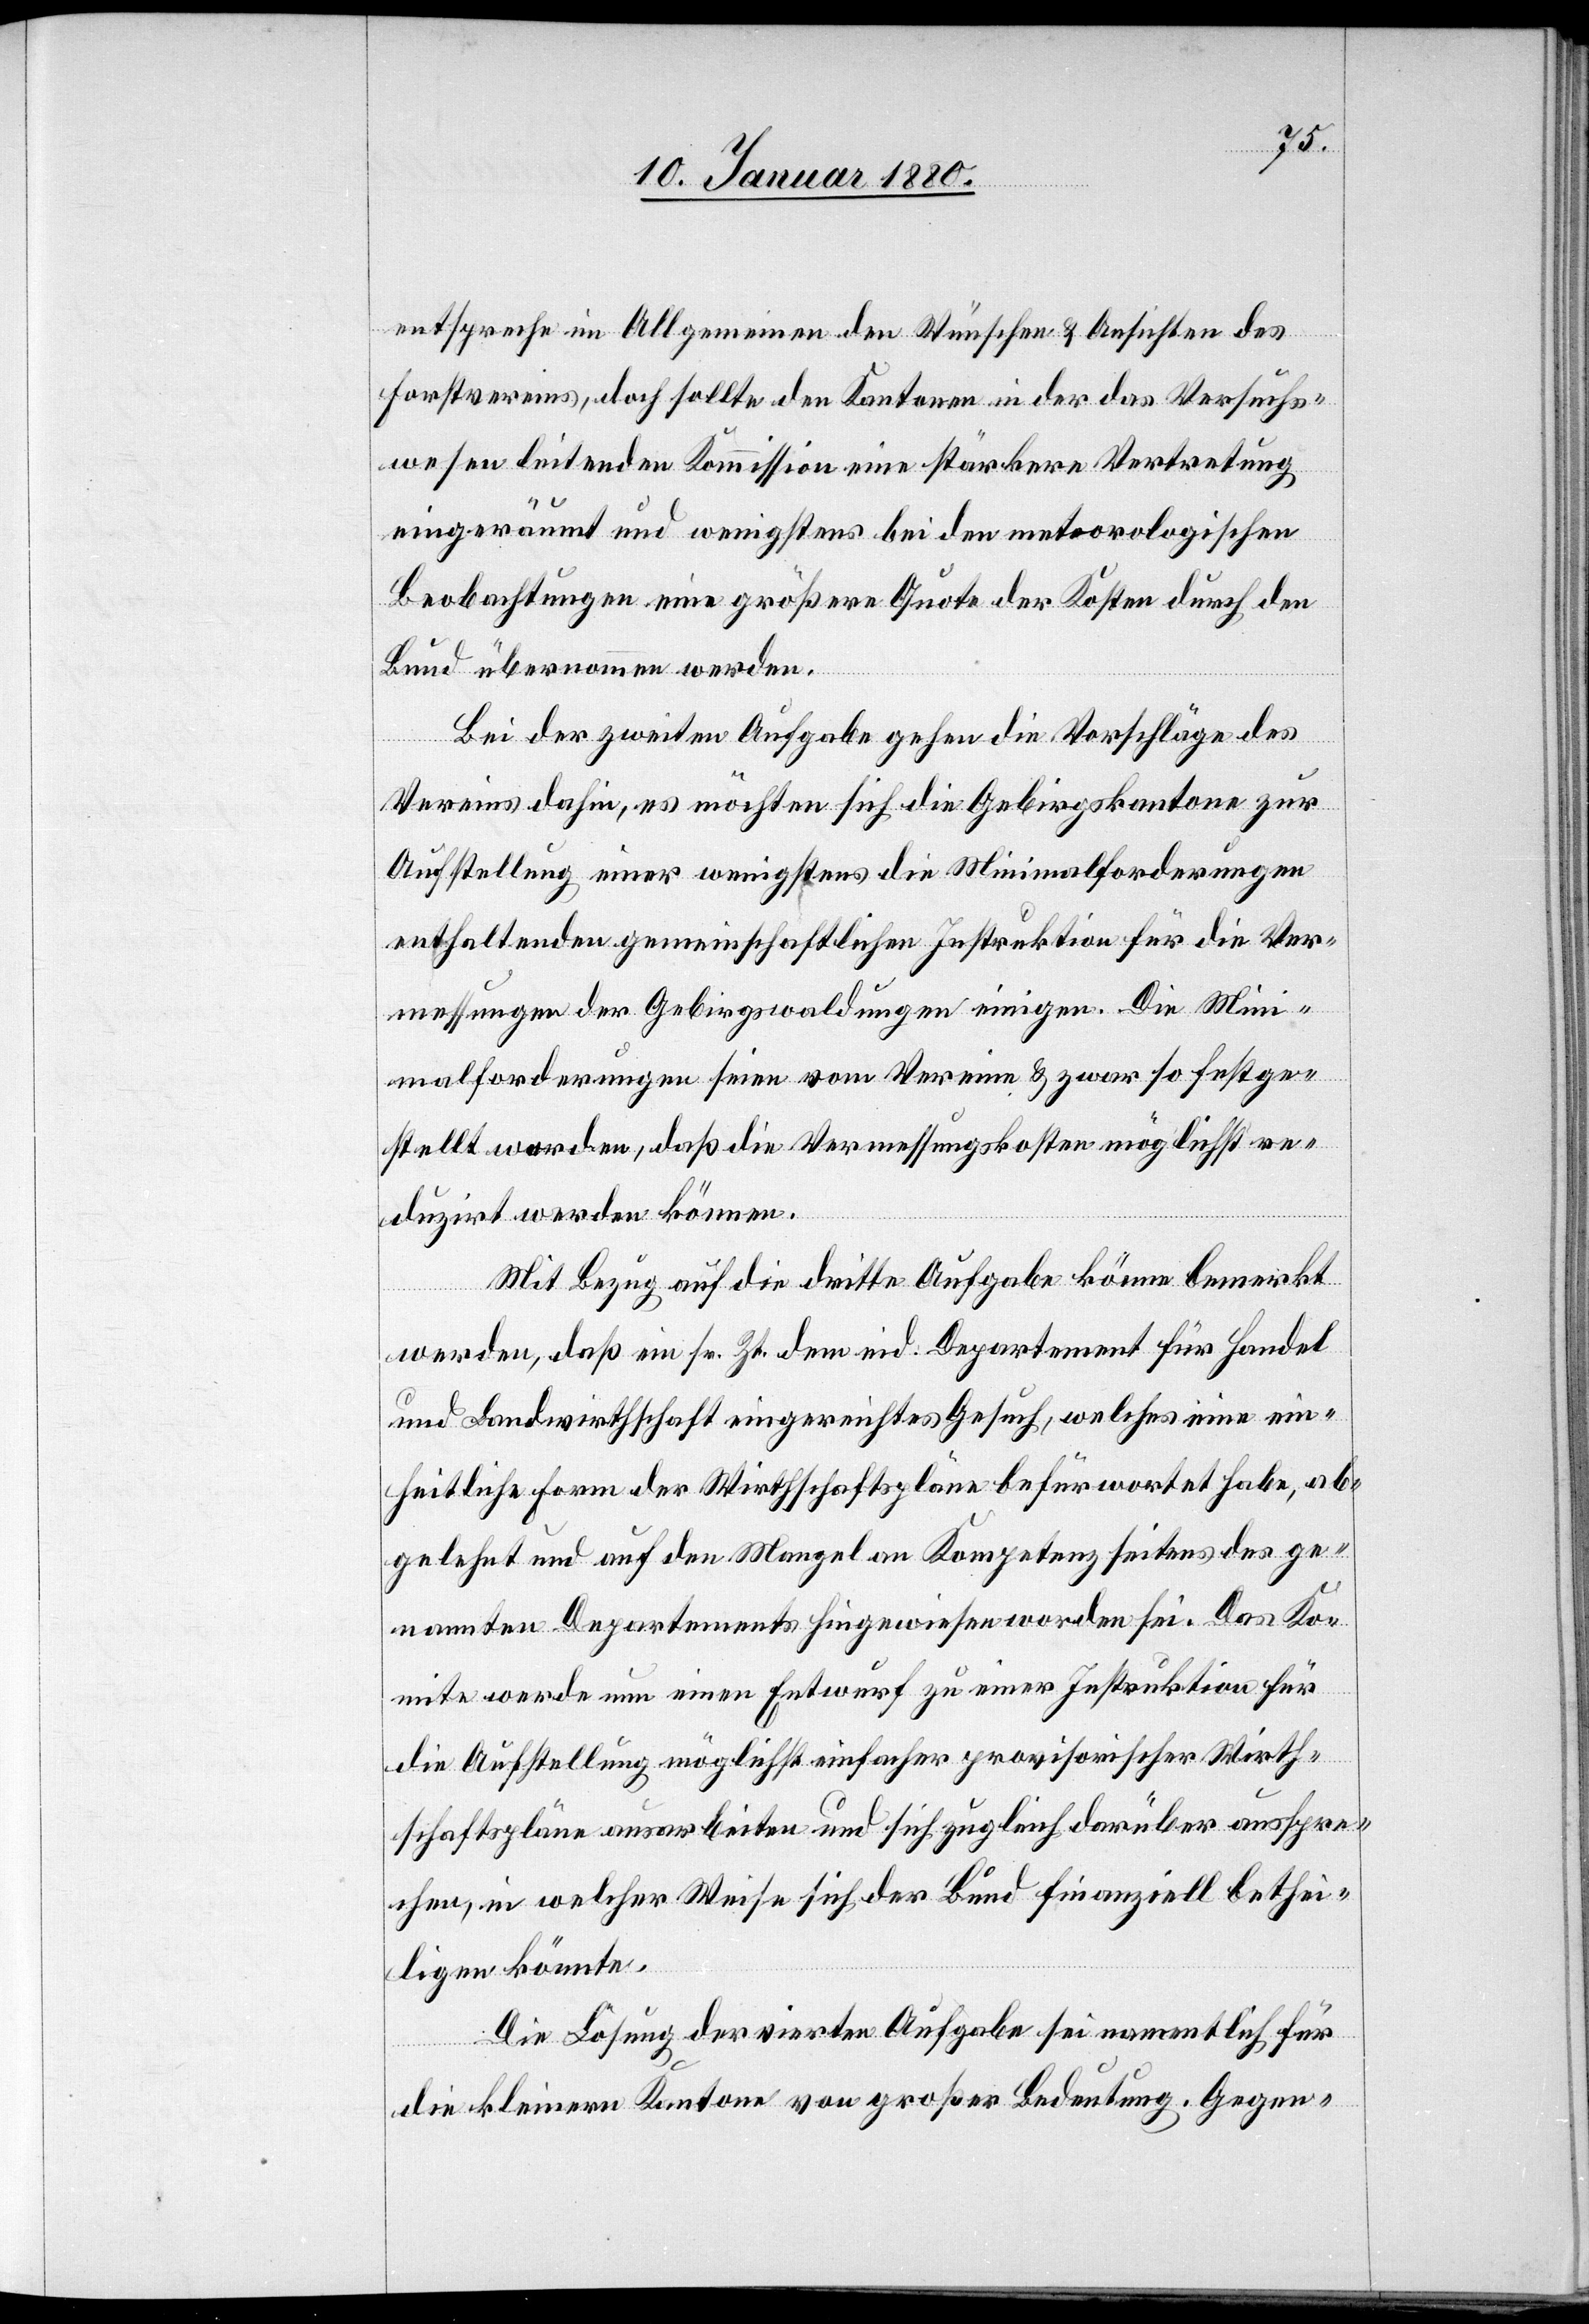
entspreche im Allgemeinen den Wünschen & Ansichten des
Forstvereins, doch sollte den Kantonen in der das Versuchs¬
wesen leitenden Kommission eine stärkere Vertretung
eingeräumt und wenigstens bei den meteorologischen
Beobachtungen eine größere Quote der Kosten durch den
Bund übernommen werden.
Bei der zweiten Aufgabe gehen die Vorschläge des
Vereins dahin, es möchten sich die Gebirgskantone zur
Aufstellung einer wenigstens die Minimalforderungen
enthaltenden gemeinschaftlichen Instruktion für die Ver¬
messungen der Gebirgswaldungen einigen. Die Min¬
imalforderungen seien vom Vereine & zwar so festge¬
stellt worden, daß die Vermessungskosten möglichst re¬
duzirt werden können.
Mit Bezug auf die dritte Aufgabe könne bemerkt
werden, daß ein sr. Zt. dem eid. Departement für Handel
und Landwirthschaft eingereichtes Gesuch, welches eine ein¬
heitliche Form der Wirthschaftspläne befürwortet habe, ab¬
gelehnt und auf den Mangel an Kompetenz seitens des ge¬
nannten Departements hingewiesen worden sei. Das Ko¬
mitee werde nun einen Entwurf zu einer Instruktion für
die Aufstellung möglichst einfacher provisorischer Wirth¬
schaftspläne ausarbeiten und sich zugleich darüber ausspre¬
chen, in welcher Weise sich der Bund finanziell bethei¬
ligen könnte.
Die Lösung der vierten Aufgabe sei namentlich für
die kleinern Kantone von großer Bedeutung. Gegen-